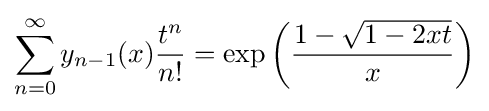
\sum _{n=0}^{\infty }y_{n-1}(x){\frac {t^{n}}{n!}}=\exp \left({\frac {1-{\sqrt {1-2xt}}}{x}}\right)